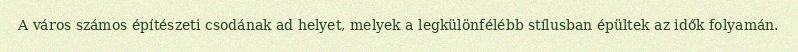
A város számos építészeti csodának ad helyet, melyek a legkülönfélébb stílusban épültek az idők folyamán.